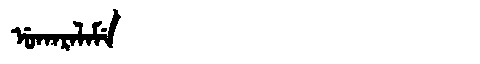
Manchu: ᡠᡴᠠᡵᠠᠯᠠᠮᡝ
Romanization: UKARALAME